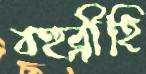
বহুব্রীহি